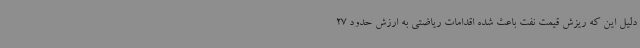
دلیل این که ریزش قیمت نفت باعث شده اقدامات ریاضتی به ارزش حدود 27